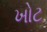
ખોટ